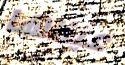
عيناها